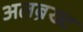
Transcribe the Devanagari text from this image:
अलब्रेख्ट